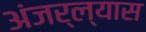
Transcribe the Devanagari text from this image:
अंजर्ल्यास